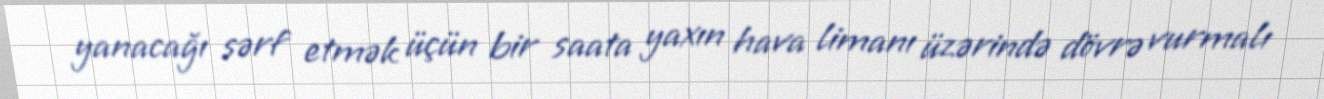
yanacağı sərf etmək üçün bir saata yaxın hava limanı üzərində dövrə vurmalı